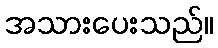
အသားပေးသည်။